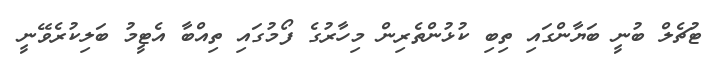
ޓުޗެލް ބުނީ ބަޔާންގައި ތިބި ކުޅުންތެރިން މިހާރުގެ ފޯމުގައި ތިއްބާ އެޓީމު ބަލިކުރެވޭނީ